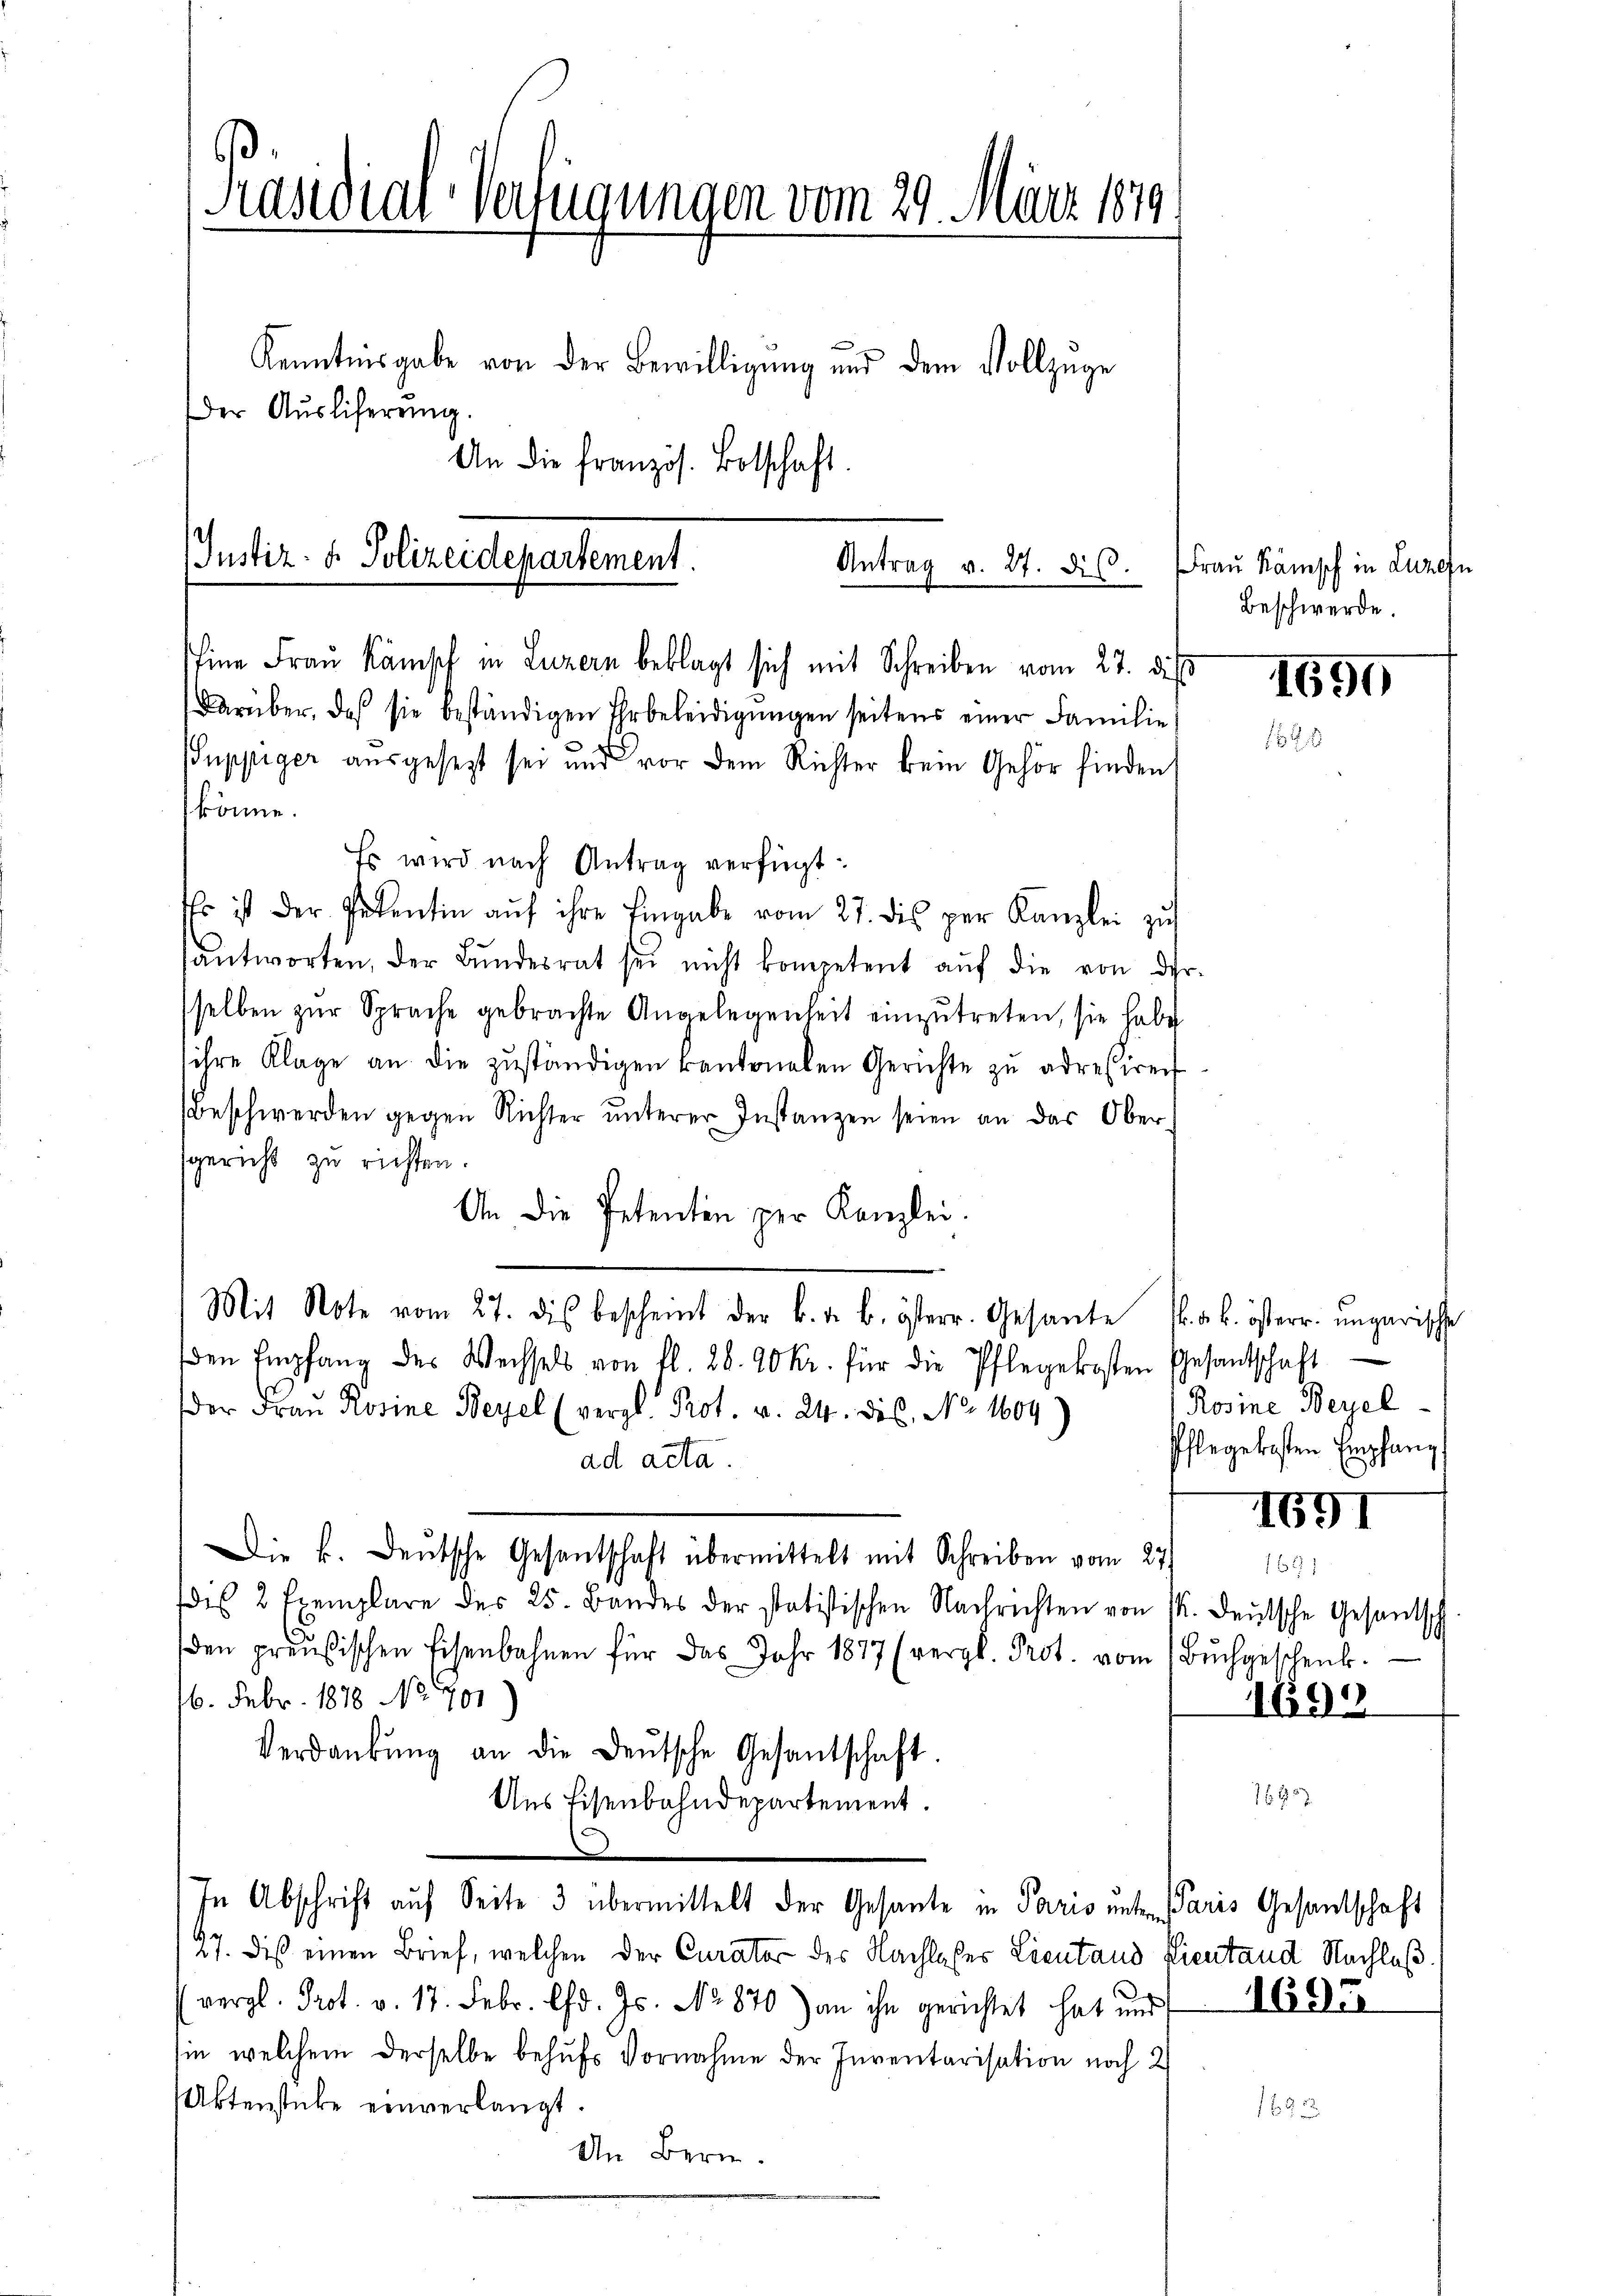
Präsidial-Verfügungen vom 29. März 1879.
Kenntnisgabe von der Bewilligung und dem Vollzüge
Der Ausliferung.
An die französ. Botschaft.

Justiz- & Polizeidepartement.
Antrag v. 27. ds.
ine Fraŭ Känisch in Luzern beklagt sich mit Schreiben vom 27. dies
Darüber, daß sie beständigen Ehrbeleidigungen seitens einer Familie
s
uppiger ausgesezt sei und vor dem Richter kein Gehör finden
könne.

Es wird nach Antrag verfügt:
Es ist der Petentin aŭf ihre Eingabe vom 27. dis per Kanzlei zŭ
antworten, der Bŭndesrat sei nicht kompetent aŭf die von der-
selben zur Sprache gebrachte Angelegenheit einzutreten, sie habe
ihre Klage an die zŭständigen kantonalen Gerichte zŭ adressiren
Beschwerden gegen Richter unterer Instanzen seien an das Obergericht zu richten.
An die Petenten per Kanzlei.
Mit Note vom 27. dis bescheint der k. a. b. österr. Gesante k. k. österr. ungarische
den Empfang des Wechsels von fl. 28. 90 kr. für die Pflegekosten Gesantschaft
der Frau Rosine Bezel (vergl. Prot. v. 24. des No. 1604)
ad acta.
Die k. Deutsche Gesantschaft übermittelt mit Schreiben vom 27.
des 2 Exemplare des 25. Bandes der statistischen Nachrichten von 14. Deutsche Gesandsch
(den preußischen Eisenbahnen für das Jahr 1877 (vergl. Prot. vom Bŭchgeschenk.
6. Febr. 1888 No. 291)
Verdankŭng an die Deutsche Gesantschaft.
Ans Eisenbahndepartement.
.

In Abschrift auf Seite 3 übermittelt der Gesante in Pario unter Paris Gesandtschaft

27. dis einen Brief, welchen der Curator des Nachlasser Lientand fientand Nachlaß.
vergl. Prot. v. 17. Febr. d. Js. No 870) an ihn gerichtet hat und Nieder
sin, welchem derselbe behufs Vornahme der Inventarisation noch 2
Aktenstücke einverlangt.
In Bern.

Frau Kampf in Luzern
Beschwerde.

1690

Rosine Beyel
Pflegekosten Empfang

1691

1699

1 f 10